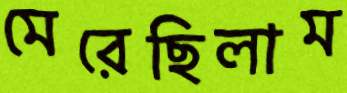
মেরেছিলাম